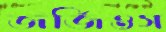
জর্জিওস